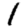
Digit: 1